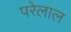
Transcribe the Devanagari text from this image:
परेलाल